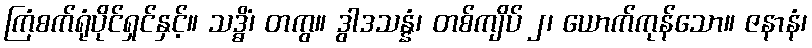
ကြံစက်ရုံပိုင်ရှင်နှင့်။ သဒ္ဓိံ၊ တကွ။ ဒွါဒသန္နံ၊ တစ်ကျိပ် ၂၊ ယောက်ကုန်သော။ ဇနာနံ၊